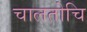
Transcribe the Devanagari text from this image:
चालतोचि